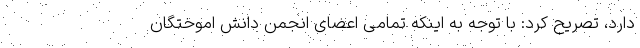
دارد، تصریح کرد: با توجه به اینکه تمامی اعضای انجمن دانش اموختگان